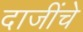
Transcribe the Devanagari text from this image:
दाजींचे